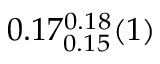
0 . 1 7 _ { 0 . 1 5 } ^ { 0 . 1 8 } ( 1 )